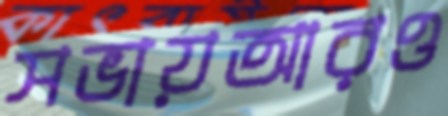
সভায়আরও